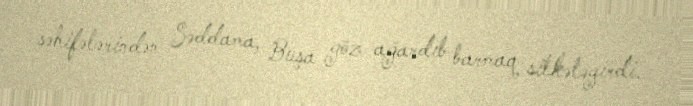
səhifələrindən Səddama, Buşa göz ağardıb barmaq silkələyirdi.